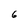
Character: 6